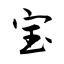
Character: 宝